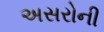
અસરોની